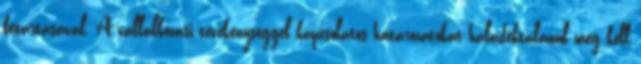
betartásával. A vállalkozási tevékenységgel kapcsolatos határozatokat haladéktalanul meg kell